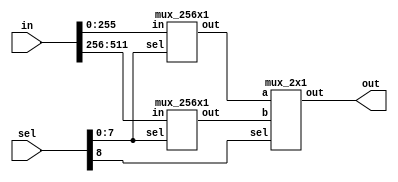
// This program was cloned from: https://github.com/lnis-uofu/OpenFPGA
// License: MIT License

module mux_512x1 (in,sel,out);
input [511:0] in;
input [8:0]sel;
output out;
wire out0_w, out1_w;

mux_256x1 m512_0(.in(in[255:0]),.sel(sel[7:0]),.out(out0_w));
mux_256x1 m512_1(.in(in[511:256]),.sel(sel[7:0]),.out(out1_w));
mux_2x1 m512_2(.a(out0_w),.b(out1_w),.sel(sel[8]),.out(out));

endmodule

module mux_256x1 (in,sel,out);
input [255:0] in;
input [7:0]sel;
output out;
wire out0_w, out1_w;

mux_128x1 m256_0(.in(in[127:0]),.sel(sel[6:0]),.out(out0_w));
mux_128x1 m256_1(.in(in[255:128]),.sel(sel[6:0]),.out(out1_w));
mux_2x1 m256_2(.a(out0_w),.b(out1_w),.sel(sel[7]),.out(out));

endmodule

module mux_128x1 (in,sel,out);
input [127:0] in;
input [6:0]sel;
output out;
wire out0_w, out1_w;

mux_64x1 m128_0(.in(in[63:0]),.sel(sel[5:0]),.out(out0_w));
mux_64x1 m128_1(.in(in[127:64]),.sel(sel[5:0]),.out(out1_w));
mux_2x1 m128_2(.a(out0_w),.b(out1_w),.sel(sel[6]),.out(out));

endmodule

module mux_64x1 (in,sel,out);
input [63:0] in;
input [5:0]sel;
output out;
wire out0_w, out1_w;

mux_32x1 m64_0(.in(in[31:0]),.sel(sel[4:0]),.out(out0_w));
mux_32x1 m64_1(.in(in[63:32]),.sel(sel[4:0]),.out(out1_w));
mux_2x1 m64_2(.a(out0_w),.b(out1_w),.sel(sel[5]),.out(out));

endmodule

module mux_32x1 (in,sel,out);
input [31:0] in;
input [4:0]sel;
output out;
wire out0_w, out1_w;

mux_16x1 m32_0(.in(in[15:0]),.sel(sel[3:0]),.out(out0_w));
mux_16x1 m32_1(.in(in[31:16]),.sel(sel[3:0]),.out(out1_w));
mux_2x1 m32_2(.a(out0_w),.b(out1_w),.sel(sel[4]),.out(out));

endmodule

module mux_16x1 (in,sel,out);
input [15:0] in;
input [3:0]sel;
output out;
wire out0_w, out1_w;

mux_8x1 m16_0(.in(in[7:0]),.sel(sel[2:0]),.out(out0_w));
mux_8x1 m16_1(.in(in[15:8]),.sel(sel[2:0]),.out(out1_w));
mux_2x1 m16_2(.a(out0_w),.b(out1_w),.sel(sel[3]),.out(out));

endmodule

module mux_8x1 (in,sel,out);
input [7:0] in;
input [2:0]sel;
output out;
wire out0_w, out1_w;

mux_4x1 m8_0(.in(in[3:0]),.sel(sel[1:0]),.out(out0_w));
mux_4x1 m8_1(.in(in[7:4]),.sel(sel[1:0]),.out(out1_w));
mux_2x1 m8_2(.a(out0_w),.b(out1_w),.sel(sel[2]),.out(out));

endmodule

module mux_4x1 (in,sel,out);
input [3:0] in;
input [1:0]sel;
output out;
wire out0_w, out1_w;

mux_2x1 m4_0(.a(in[0]),.b(in[1]),.sel(sel[0]),.out(out0_w));
mux_2x1 m4_1(.a(in[2]),.b(in[3]),.sel(sel[0]),.out(out1_w));
mux_2x1 m4_2(.a(out0_w),.b(out1_w),.sel(sel[1]),.out(out));

endmodule 

module mux_2x1 (a,b,sel,out);
input a,b;
input sel;
output out;

assign out = sel ? b : a;

endmodule